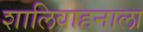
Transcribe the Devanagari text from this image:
शालिवाहनाला